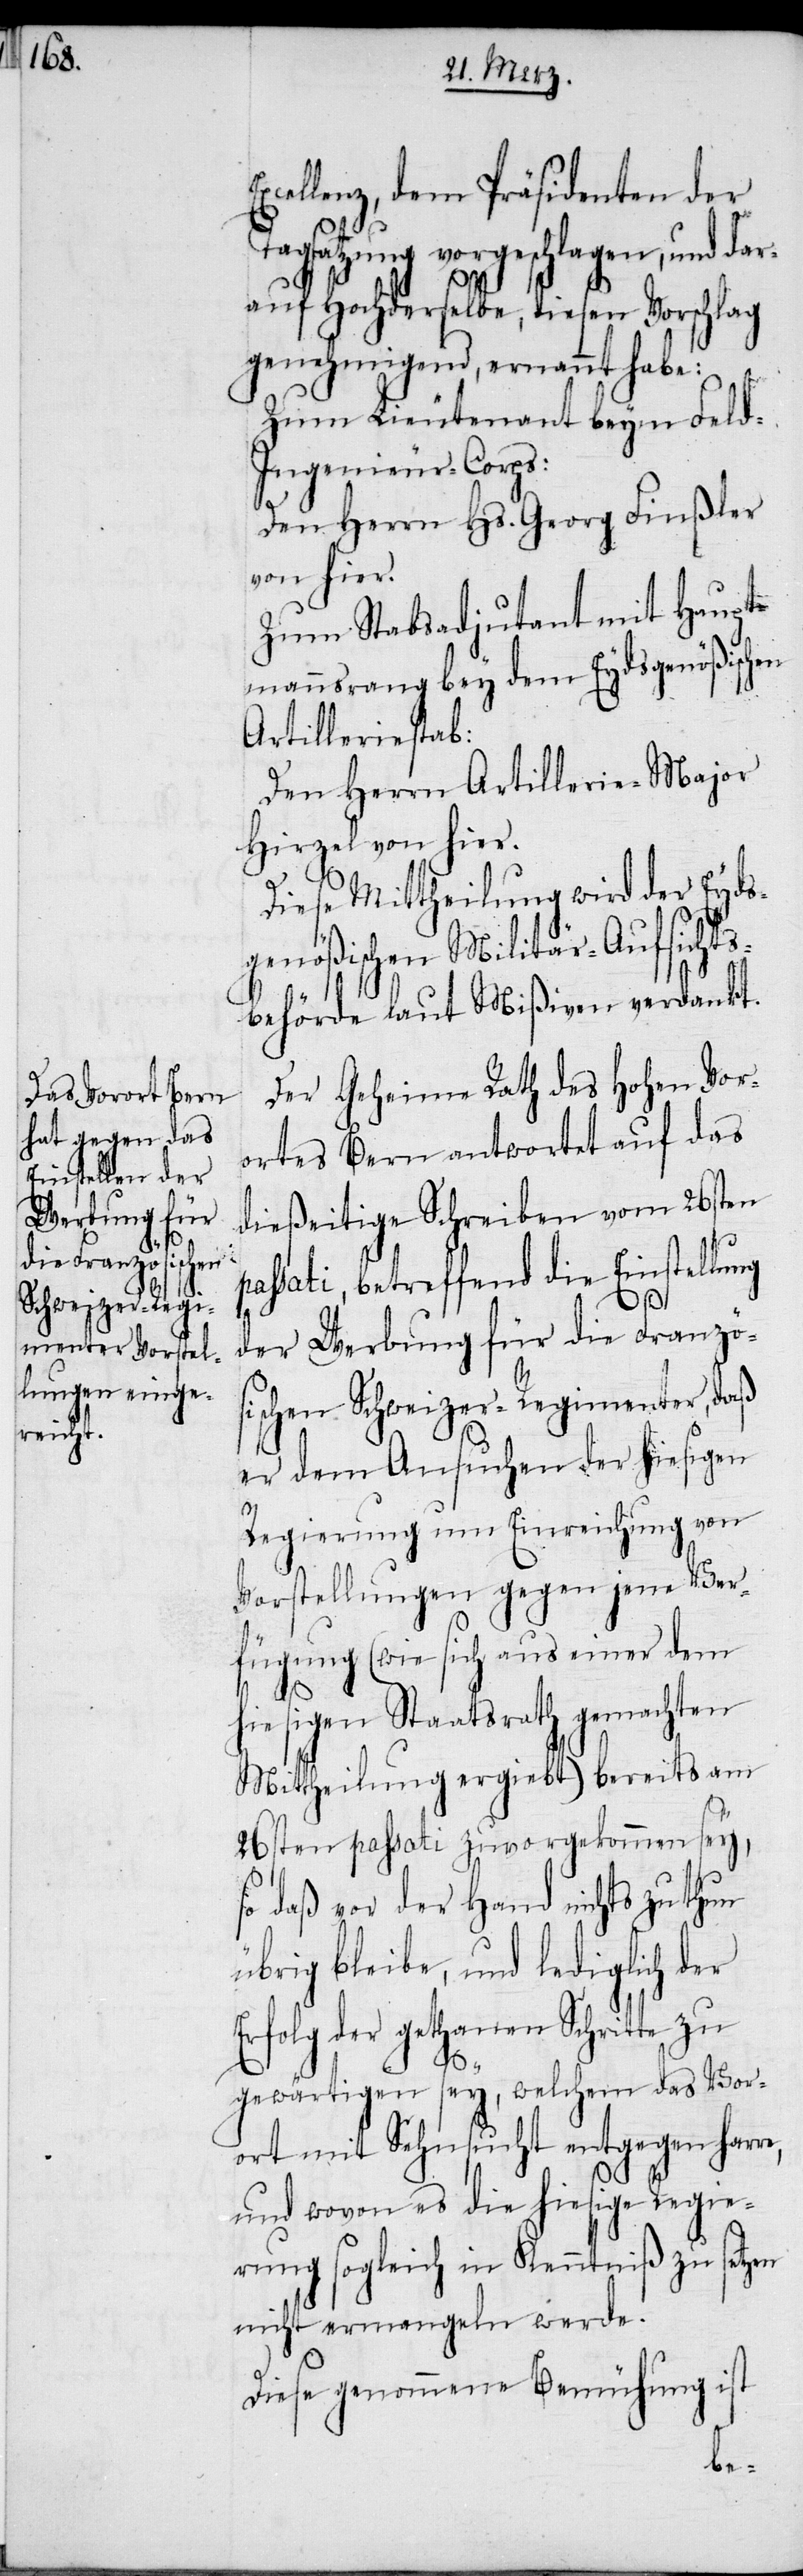
cellenz, dem Präsidenten der
Tagsatzung vorgeschlagen, und dar¬
auf Hochderselbe, diesen Vorschlag
genehmigend, ernannt habe:
Zum Lieutenant beym Feld-I¬
ngenieur-Corps:
Den Herrn Hs. Georg Finßler
von hier.
Zum Stabsadjutant mit Haupt¬
mannsrang bey dem Eydsgenößischen
Artilleriestab:
Den Herrn Artillerie-Major
Hirzel von hier.
Diese Mittheilung wird der Eyds¬
genößischen Militär-Aufsichts¬
behörde laut Mißiven verdankt.
Der Geheime Rath des Hohen Vor¬
ortes Bern antwortet auf das
dießeitige Schreiben vom 26sten
passati, betreffend die Einstellung
der Werbung für die Französ¬
ischen Schweizer-Regimenter, daß
er dem Ansuchen der hiesigen
Regierung um Einreichung von
Vorstellungen gegen jene Ver¬
fügung (wie sich aus einer dem
hiesigen Staatsrath gemachten
Mittheilung ergiebt) bereits am
26sten passati zuvorgekommen sey,
so daß vor der Hand nichts zu thun
übrig bleibe, und lediglich der
Erfolg der gethanen Schritte zu
Ex¬
gewärtigen sey, welchem das Vor¬
ort mit Sehnsucht entgegen harre,
und wovon es die hiesige Regie¬
rung sogleich in Kenntniß zu setzen
nicht ermangeln werde.
Diese genommene Bemühung ist